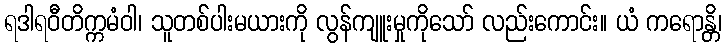
ရဒါရဝီတိက္ကမံဝါ၊ သူတစ်ပါးမယားကို လွန်ကျူးမှုကိုသော် လည်းကောင်း။ ယံ ကရောန္တိ၊